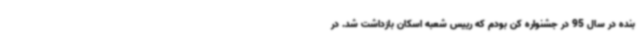
بنده در سال 95 در جشنواره کن بودم که رییس شعبه اسکان بازداشت شد. در